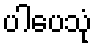
ပါပေသုံ